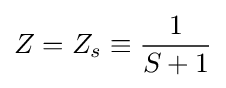
Z=Z_{s}\equiv {\frac {1}{S+1}}